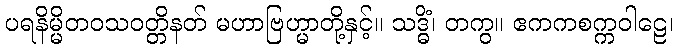
ပရနိမ္မိတဝသဝတ္တိနတ် မဟာဗြဟ္မာတို့နှင့်။ သဒ္ဓိံ၊ တကွ။ ဧကကစက္ကဝါဠေ၊